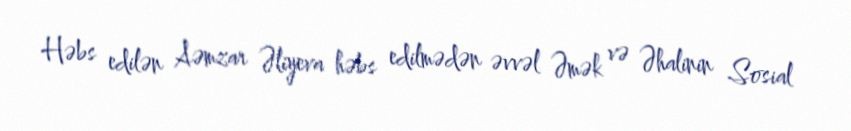
Həbs edilən Aəmzar Əliyeva həbs edilmədən əvvəl Əmək və Əhalinin Sosial